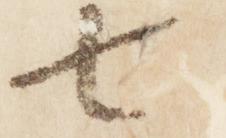
七